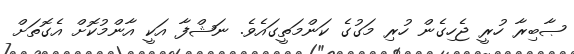
ޞާބިރާ ހުރީ ޖެހިގެން ހުރި މަގުގެ ކަންމަތީގައެވެ. ނަޝްފާ އަކީ އާންމުކޮށް އެގޮތަށް